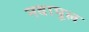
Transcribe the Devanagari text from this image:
नवापूल